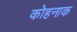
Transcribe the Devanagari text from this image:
कोहनाक